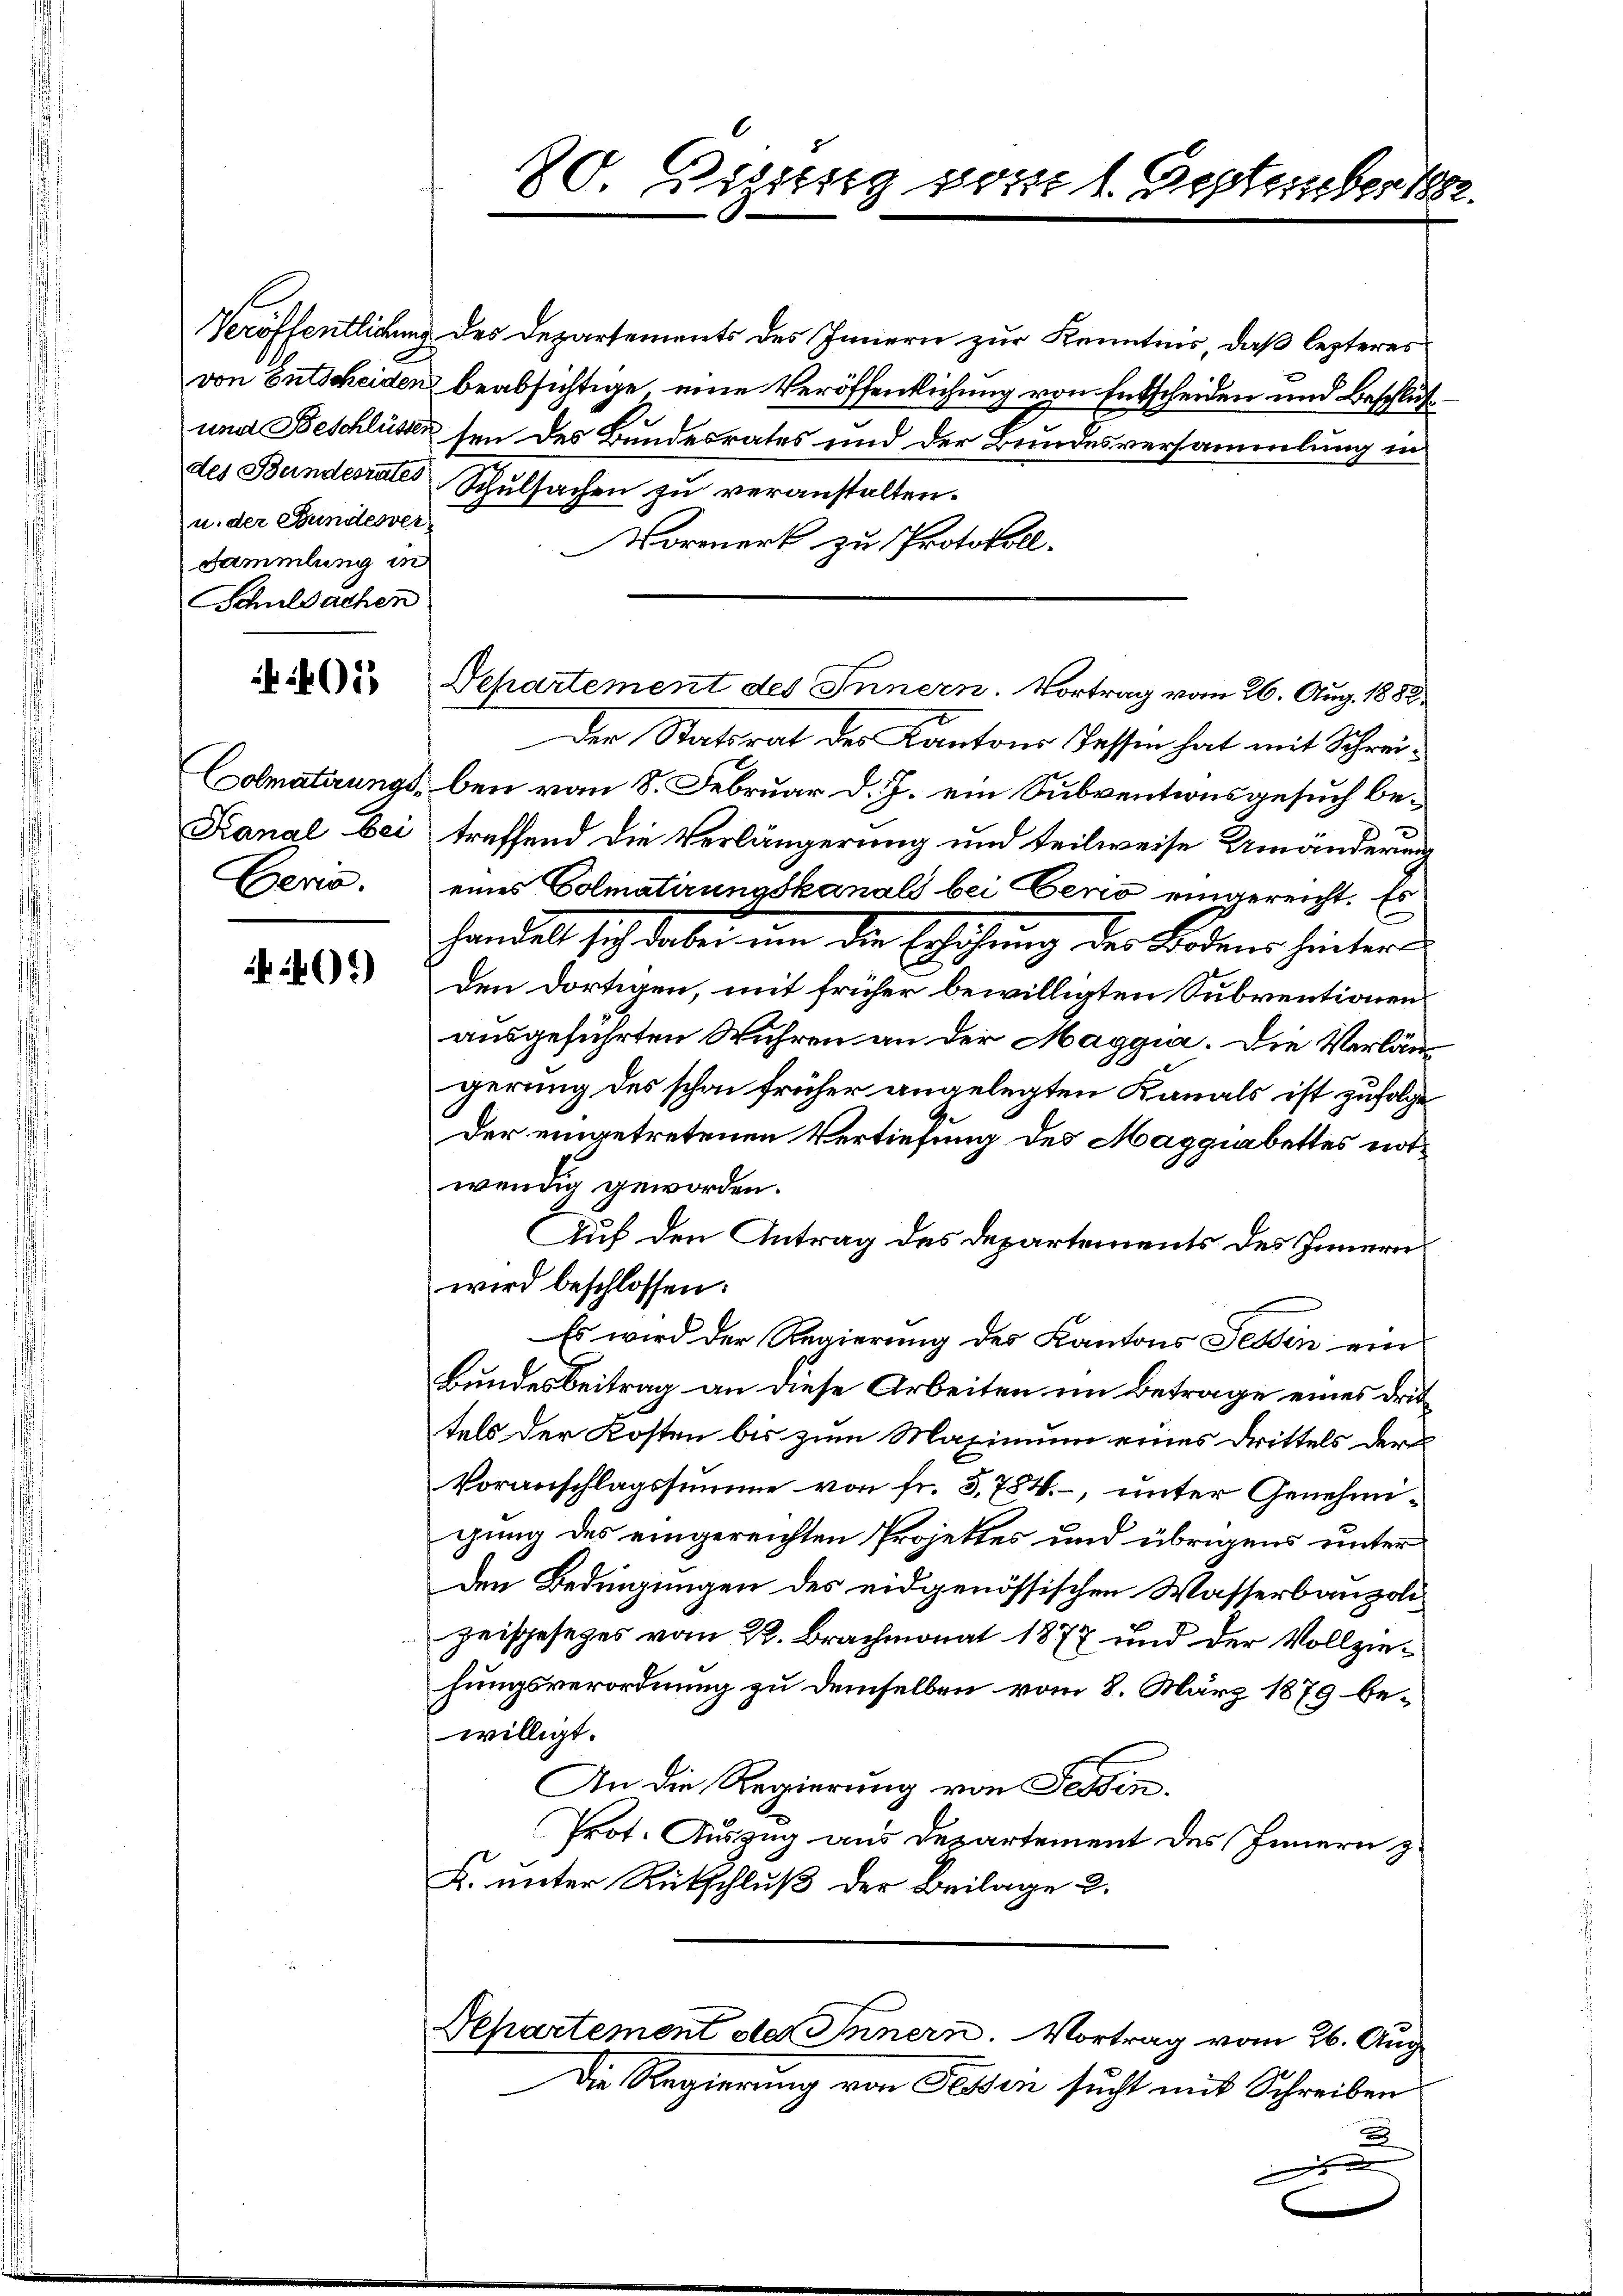
u. der Bundesver
Sammlung in
Schulsachen

401

Geric

03)

Veröffentlichung des Departements des Innern zur Kenntnis, daß lezteres
von Entscheiden beabsichtige, eine Veröffentlichung von Entscheiden und Beschluß¬
und Beschlüssen sei des Bundesrates und der Bundesversammlung in
des Bundesrates Schŭlsachen zŭ veranstalten.
Vormerk zu Protokoll.

20. Dezung post 1. September 1882.

Departement des Innern. Vortrag vom 26. Aug. 1882
Der Statsrat des Kantons Tessin hat mit Schrei¬
Colmaterung bei von 8. Februar d. J. ein Subventionsgesuch be¬
Kanal bei treffend die Verlängerung und teilweise Umänderung
eines Colmatirungskanals bei Perio eingereicht. Es
handelt sich dabei um die Erhöhung der Bedener hintern
den dortigen, mit früher bewilligten Subventionen
ausgeführten Wuhren an der Maggia. Die Verlängerung des schon früher angelegten Kanals ist zufolge
Der eingetretenen Vertiefung des Maggiabettes notwendig geworden.
Auf den Antrag des Departements des Innern
wird beschlossen:
Es wird der Regierung des Kantons Tessin ein
Bundesbeitrag an diese Arbeiten im Betrage eines drittels der Kosten bis zum Maximum eines Drittels der
Voranschlagssumme von fr. 5,784. -, unter Genehmigung des eingereichten Projektes und übrigens unter
den Bedingungen des eidgenössischen Wasserbaupolizeisgesezes vom 22. Brachmonat 1877 und der Vollziehungsverordnung zu demselben vom 8. März 1879 bewilligt.
An die Regierung von Tessin.
Prot. Auszug aus Departement des Innern z
L. unter Rückschluß der Beilage 2.
Departement des Innern. Vortrag vom 26. Aug.
Die Regierung von Fessen sucht mit Schreiben

d

.